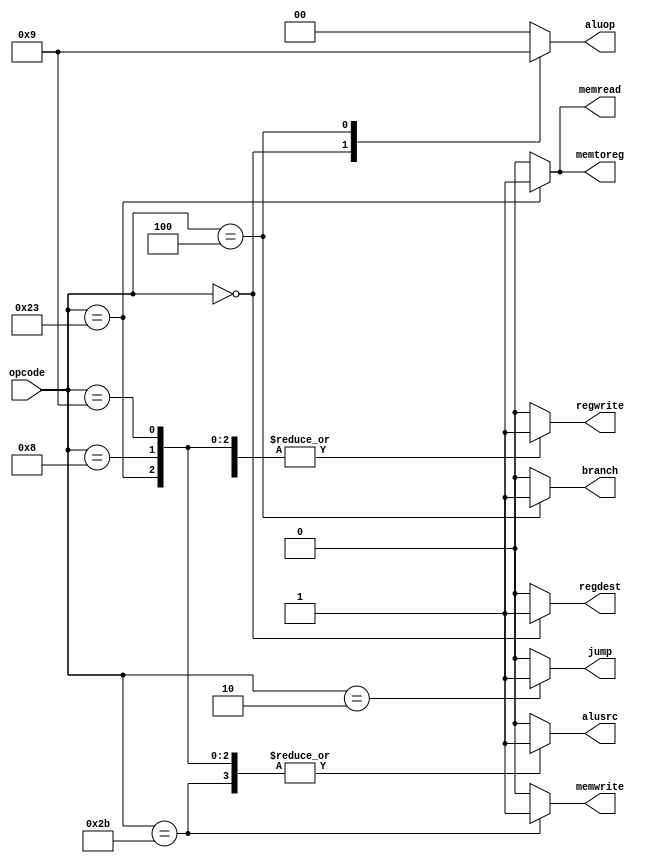
module controlunit ( output reg regdest, output reg jump, output reg branch, output reg memread,
                     output reg memtoreg, output reg memwrite, output reg alusrc, output reg regwrite,
                     output reg[1:0] aluop, input [5:0] opcode );
  // These cases and outputs are taken from figure 4.22, P&H                   
  always @ (opcode) begin
    {regdest, alusrc, memtoreg, regwrite, memread, memwrite, branch, jump, aluop}=10'b0000000000;
    case (opcode)
      6'b00000 : begin // r-type, others are 0 by default
        regdest = 1;
        regwrite = 1;
        aluop = 2'b10;
      end
      6'b100011: begin // lw
        alusrc = 1;
        memtoreg = 1;
        regwrite = 1;
        memread = 1;
      end
      6'b101011: begin // sw
        alusrc = 1;
	   memwrite = 1;
       
      end
      6'b000100: begin // beq
        branch = 1;
        aluop = 2'b01;
      end
      6'b001000: begin // addi
        regwrite = 1;
	alusrc = 1;
      end
      6'b001001: begin // addiu
        regwrite = 1;
	   alusrc = 1;
      end
      6'b000010: begin // j
        jump = 1;
        // all else is don't-care
      end
     
    endcase
  end
endmodule